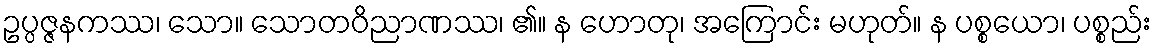
ဥပ္ပဇ္ဇနကဿ၊ သော။ သောတဝိညာဏဿ၊ ၏။ န ဟောတု၊ အကြောင်း မဟုတ်။ န ပစ္စယော၊ ပစ္စည်း